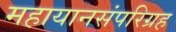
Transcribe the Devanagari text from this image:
महायानसंपरिग्रह